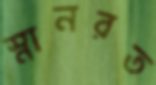
স্নানরত